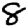
Digit: 8